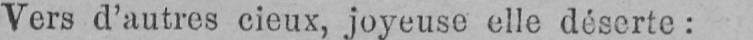
Vers d’autres cieux, joyeuse elle déserte: